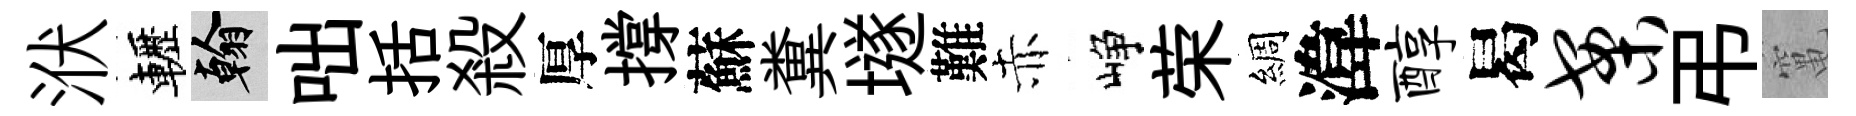
洑轣翰咄括殺厚撐蘇糞𡑞難赤峥荣綢湋醇曷案弔𥧄